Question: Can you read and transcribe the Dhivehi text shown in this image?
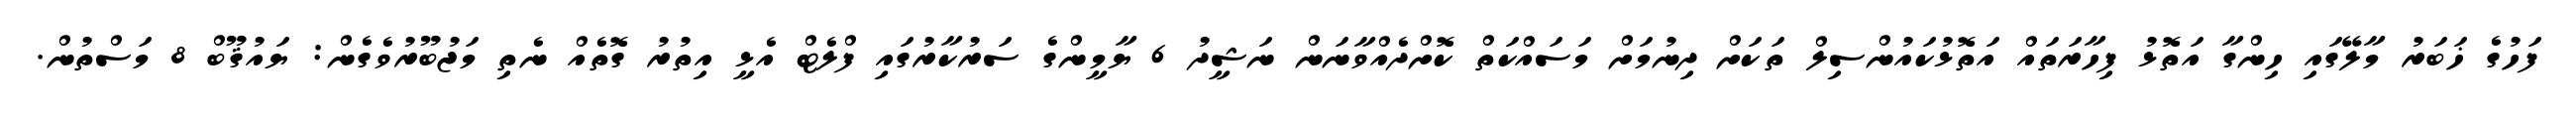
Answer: ފަހުގެ ޚަބަރު މާލޭގައި ހިންގާ އަތޮޅު ފިހާރަތައް އަތޮޅުކައުންސިލް ތަކަށް ދިނުމަށް މަސައްކަތް ކޮށްދެއްވާނަން ނަޝީދު 6 ޔާމީންގެ ސަރުކާރުގައި ފްލެޓް އެޅީ އިތުރު ގޮތެއް ނެތި މަޖުބޫރުވެގެން: ޔައުޤޫބް 8 މަސްތުން.